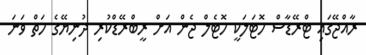
ރާއްޖޭގައި ޓްރޭޑާސް ހޮޓަލަކީ ހޮޓެލް ޖެން އަށް ރީބްރޭޑްކުރި ދުނިޔޭގެ ހަތް ވަނަ